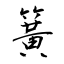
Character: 簧